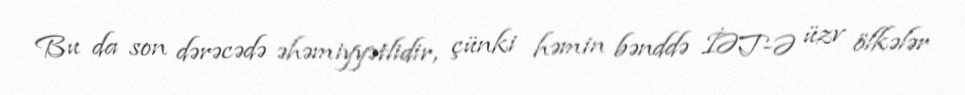
Bu da son dərəcədə əhəmiyyətlidir, çünki həmin bənddə İƏT-Ə üzv ölkələr